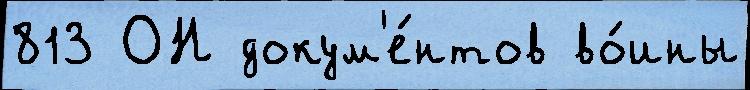
813 ОН докум'е́нтов во́ины